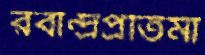
রবীন্দ্রপ্রতিমা